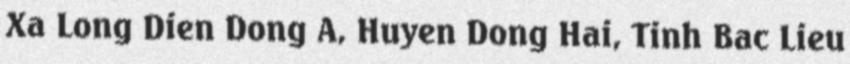
Xa Long Dien Dong A, Huyen Dong Hai, Tinh Bac Lieu